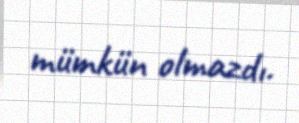
mümkün olmazdı.